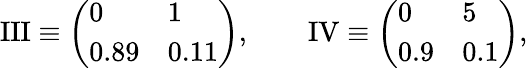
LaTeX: \mathrm{III}\equiv\left(\begin{array}{ll}{0}&{1}\\ {0.89}&{0.11}\end{array}\right),\qquad\mathrm{IV}\equiv\left(\begin{array}{ll}{0}&{5}\\ {0.9}&{0.1}\end{array}\right),